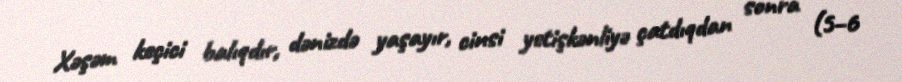
Xəşəm keçici balıqdır, dənizdə yaşayır, cinsi yetişkənliyə çatdıqdan sonra (5–6